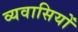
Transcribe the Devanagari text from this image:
व्यवासियों